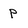
Character: p